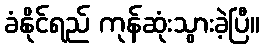
ခံနိုင်ရည် ကုန်ဆုံးသွားခဲ့ပြီ။